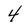
Character: 4